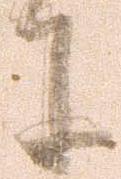
に